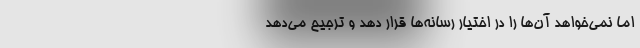
اما نمی‌خواهد آن‌ها را در اختیار رسانه‌ها قرار دهد و ترجیح می‌دهد